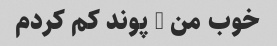
خوب من 5 پوند کم کردم